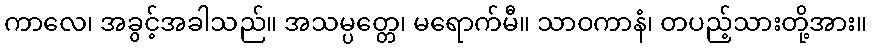
ကာလေ၊ အခွင့်အခါသည်။ အသမ္ပတ္တေ၊ မရောက်မီ။ သာဝကာနံ၊ တပည့်သားတို့အား။